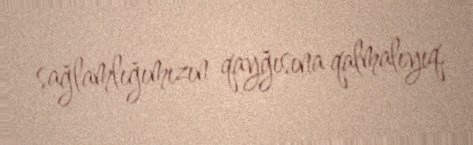
sağlamlığımızın qayğısına qalmalıyıq.